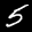
Label: 5